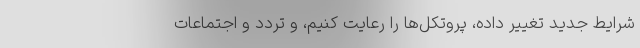
شرایط جدید تغییر داده، پروتکل‌ها را رعایت کنیم، و تردد و اجتماعات